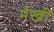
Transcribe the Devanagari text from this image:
मेखी